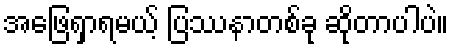
အဖြေရှာရမယ့် ပြဿနာတစ်ခု ဆိုတာပါပဲ။